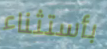
بأستثناء